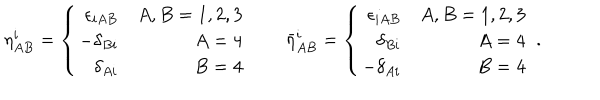
\eta _ { A B } ^ { i } = \left\{ \begin{array} { r r } { { \epsilon _ { i A B } } } & { { A , B = 1 , 2 , 3 } } \\ { { - \delta _ { B i } } } & { { A = 4 } } \\ { { \delta _ { A i } } } & { { B = 4 } } \\ \end{array} \right. \qquad { \bar { \eta } } _ { A B } ^ { i } = \left\{ \begin{array} { r r } { { \epsilon _ { i A B } } } & { { A , B = 1 , 2 , 3 } } \\ { { \delta _ { B i } } } & { { A = 4 } } \\ { { - \delta _ { A i } } } & { { B = 4 } } \\ \end{array} \right. \ .